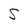
Character: S